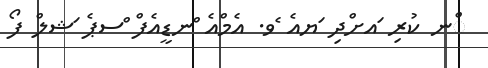
ްނ ކުރި ައށްދި ަޔއެ ެވ. އެމްއެ ްނޑީއެފް ްސޕެ ަޝލް ފޯ